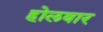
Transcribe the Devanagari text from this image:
होलवार